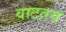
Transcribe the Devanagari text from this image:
वाटतय